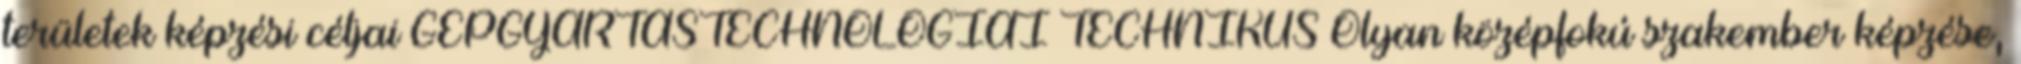
területek képzési céljai GÉPGYÁRTÁSTECHNOLÓGIAI TECHNIKUS Olyan középfokú szakember képzése,